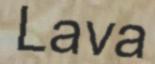
Lava